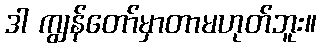
ဒါ ကျွန်တော်မှာတာမဟုတ်ဘူး။